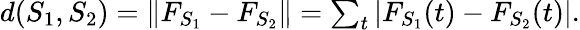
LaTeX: \begin{array}{r}{d(S_{1},S_{2})=\| F_{S_{1}}-F_{S_{2}}\| =\sum_{t}|F_{S_{1}}(t)-F_{S_{2}}(t)|.}\end{array}